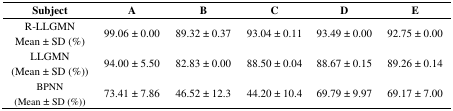
<table><thead><tr><td><b>Subject</b></td><td><b>A</b></td><td><b>B</b></td><td><b>C</b></td><td><b>D</b></td><td><b>E</b></td></tr></thead><tbody><tr><td>R-LLGMN Mean ± SD (%)</td><td>99.06 ± 0.00</td><td>89.32 ± 0.37</td><td>93.04 ± 0.11</td><td>93.49 ± 0.00</td><td>92.75 ± 0.00</td></tr><tr><td>LLGMN (Mean ± SD (%))</td><td>94.00 ± 5.50</td><td>82.83 ± 0.00</td><td>88.50 ± 0.04</td><td>88.67 ± 0.15</td><td>89.26 ± 0.14</td></tr><tr><td>BPNN (Mean ± SD (%))</td><td>73.41 ± 7.86</td><td>46.52 ± 12.3</td><td>44.20 ± 10.4</td><td>69.79 ± 9.97</td><td>69.17 ± 7.00</td></tr></tbody></table>